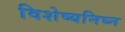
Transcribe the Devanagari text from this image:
विशेष्यनिघ्न